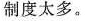
制度太多。